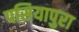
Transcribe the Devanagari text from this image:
पसियापुरा